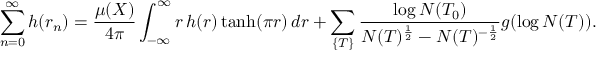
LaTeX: \sum _ { n = 0 } ^ { \infty } h ( r _ { n } ) = { \frac { \mu ( X ) } { 4 \pi } } \int _ { - \infty } ^ { \infty } r \, h ( r ) \operatorname { t a n h } ( \pi r ) \, d r + \sum _ { \{ T \} } { \frac { \log N ( T _ { 0 } ) } { N ( T ) ^ { \frac { 1 } { 2 } } - N ( T ) ^ { - { \frac { 1 } { 2 } } } } } g ( \log N ( T ) ) .